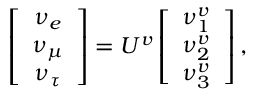
\left[ \begin{array} { c } { { \nu _ { e } } } \\ { { \nu _ { \mu } } } \\ { { \nu _ { \tau } } } \end{array} \right] = U ^ { v } \left[ \begin{array} { c } { { \nu _ { 1 } ^ { v } } } \\ { { \nu _ { 2 } ^ { v } } } \\ { { \nu _ { 3 } ^ { v } } } \end{array} \right] ,